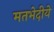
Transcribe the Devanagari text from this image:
मतभेदीये